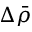
\Delta \bar { \rho }